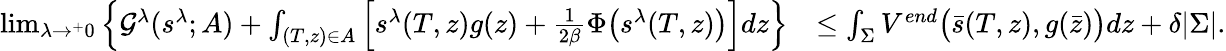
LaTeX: \begin{array}{rl}{\operatorname*{lim}_{\lambda\rightarrow^{+}0}\left\{ \mathcal{G}^{\lambda}(s^{\lambda};A)+\int_{(T,z)\in A}\Big[s^{\lambda}(T,z)g(z)+\frac{1}{2\beta}\Phi\big(s^{\lambda}(T,z)\big)\Big]dz\right\} }&{\leq\int_{\Sigma}V^{end}\big(\bar{s}(T,z),g(\bar{z})\big)dz+\delta|\Sigma|.}\end{array}